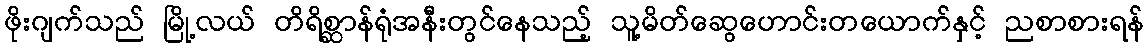
ဖိုးဂျက်သည် မြို့လယ် တိရိစ္ဆာန်ရုံအနီးတွင်နေသည့် သူ့မိတ်ဆွေဟောင်းတယောက်နှင့် ညစာစားရန်